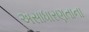
અસાધારણતાના